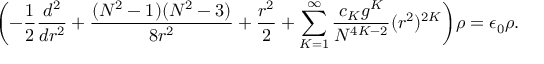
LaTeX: \biggl ( - \frac { 1 } { 2 } \frac { d ^ { 2 } } { d r ^ { 2 } } + \frac { ( N ^ { 2 } - 1 ) ( N ^ { 2 } - 3 ) } { 8 r ^ { 2 } } + \frac { r ^ { 2 } } { 2 } + \sum _ { K = 1 } ^ { \infty } \frac { c _ { K } g ^ { K } } { N ^ { 4 K - 2 } } ( r ^ { 2 } ) ^ { 2 K } \biggr ) \rho = \epsilon _ { 0 } \rho .